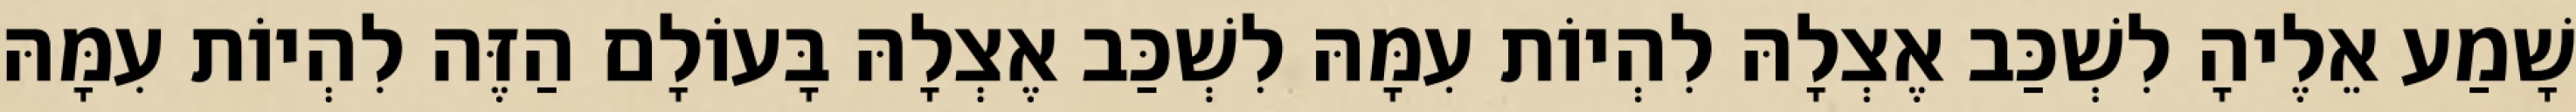
שָׁמַע אֵלֶיהָ לִשְׁכַּב אֶצְלָהּ לִהְיוֹת עִמָּהּ לִשְׁכַּב אֶצְלָהּ בָּעוֹלָם הַזֶּה לִהְיוֹת עִמָּהּ